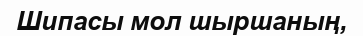
Шипасы мол шыршаның,